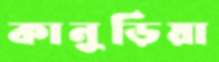
কানুড়িয়া